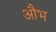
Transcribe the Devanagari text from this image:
औभ